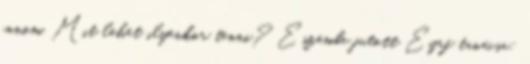
innom. Mit lehet ilyenkor tenni? Eszembe jutott Eyrf tanácsa: